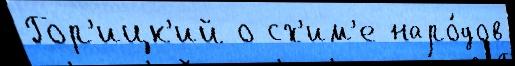
Гор'ицк'ий о сх'им'е наро́дов